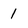
Character: 1